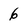
Character: 6